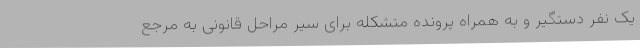
یک نفر دستگیر و به همراه پرونده متشکله برای سیر مراحل قانونی به مرجع